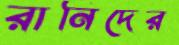
রানিদের